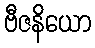
ဗီဇနိယော